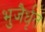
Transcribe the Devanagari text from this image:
भुजैर्धृत